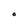
Character: O